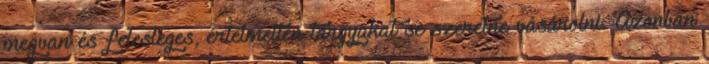
megvan és felesleges, értelmetlen tárgyakat se szeretne vásárolni. Azonban